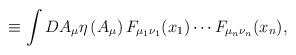
LaTeX: \begin{align*}\equiv \int DA_\mu\eta\left(A_\mu\right)F_{\mu_1\nu_1}(x_1)\cdots F_{\mu_n\nu_n}(x_n),\end{align*}